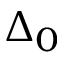
\Delta _ { 0 }